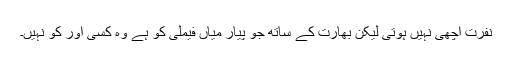
نفرت اچھی نہیں ہوتی لیکن بھارت کے ساتھ جو پیار میاں فیملی کو ہے وہ کسی اور کو نہیں۔